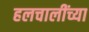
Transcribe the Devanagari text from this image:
हलचालींच्या